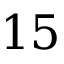
1 5